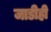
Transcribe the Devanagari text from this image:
जाडीही